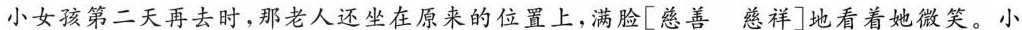
小女孩第二天再去时，那老人还坐在原来的位置上，满脸[慈善慈祥]地看着她微笑。小